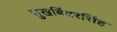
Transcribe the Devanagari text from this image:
सुखबिंदरसिंह